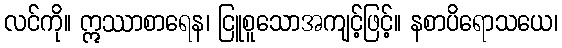
လင်ကို။ ဣဿာစာရေန၊ ငြူစူသောအကျင့်ဖြင့်။ နစာပိရောသယေ၊